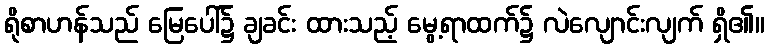
ရိုစာဟန်သည် မြေပေါ်၌ ချခင်း ထားသည့် မွေ့ရာထက်၌ လဲလျောင်းလျက် ရှိ၏။